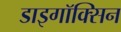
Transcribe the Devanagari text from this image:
डाइगॉक्सिन